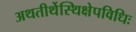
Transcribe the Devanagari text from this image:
अथतीर्थेस्थिक्षेपविधिः